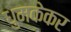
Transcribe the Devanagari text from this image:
धुमकेकर